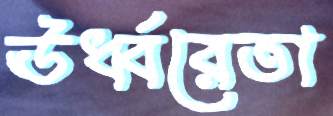
ঊর্ধ্বরেতা